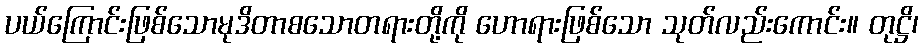
ပယ်ကြောင်းဖြစ်သောမုဒိတာစသောတရားတို့ကို ဟောရားဖြစ်သော သုတ်လည်းကောင်း။ တုဋ္ဌိ၊